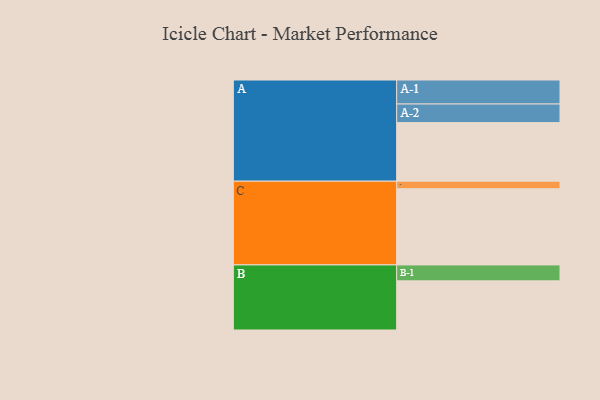
{"axis": {"x": "Segment", "y": "Value"}, "legend": ["", "A", "B", "C"], "data": [{"x": "A", "y": 459, "type": ""}, {"x": "B", "y": 385, "type": ""}, {"x": "C", "y": 597, "type": ""}, {"x": "A-1", "y": 188, "type": "A"}, {"x": "A-2", "y": 146, "type": "A"}, {"x": "B-1", "y": 125, "type": "B"}, {"x": "C-1", "y": 59, "type": "C"}]}